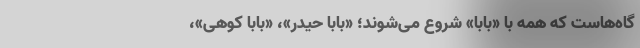
گاه‌هاست که همه با «بابا» شروع می‌شوند؛ «بابا حیدر»، «بابا کوهی»،